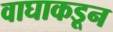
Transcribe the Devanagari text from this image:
वाघाकडून